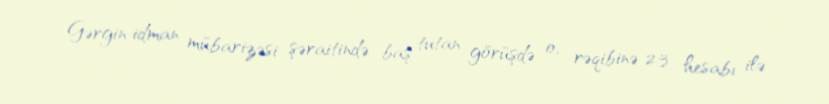
Gərgin idman mübarizəsi şəraitində baş tutan görüşdə o, rəqibinə 2:3 hesabı ilə